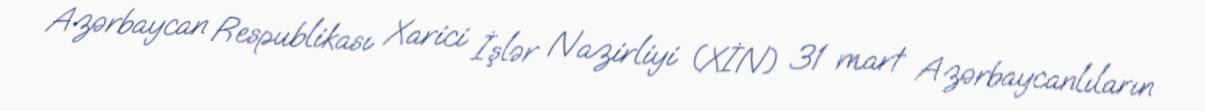
Azərbaycan Respublikası Xarici İşlər Nazirliyi (XİN) 31 mart Azərbaycanlıların